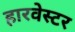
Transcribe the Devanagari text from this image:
हारवेस्टर